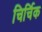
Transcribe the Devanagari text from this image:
चिर्चिक